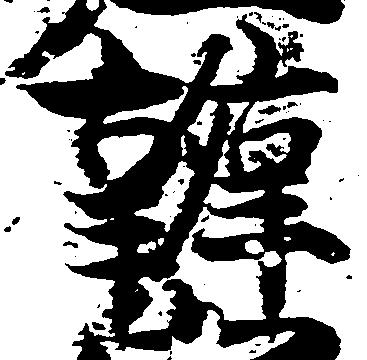
弁